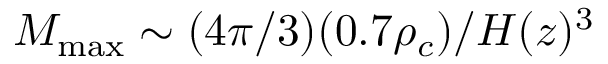
M _ { \mathrm { m a x } } \sim ( 4 \pi / 3 ) ( 0 . 7 \rho _ { c } ) / H ( z ) ^ { 3 }